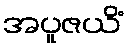
အပူဇယိံ